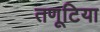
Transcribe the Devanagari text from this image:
तणूटिया